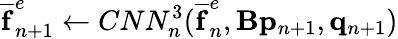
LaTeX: \mathbf{\overline{{f}}}_{n+1}^{e}\leftarrow CNN_{n}^{3}(\mathbf{\overline{{f}}}_{n}^{e},\mathbf{B}\mathbf{p}_{n+1},\mathbf{q}_{n+1})